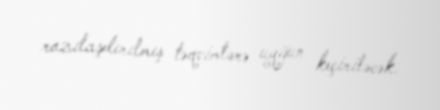
razılaşdırılmış təqvimlərə uyğun keçiriləcək.